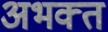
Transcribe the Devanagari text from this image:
अभक्‍त